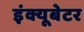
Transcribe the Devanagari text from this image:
इंक्यूबेटर